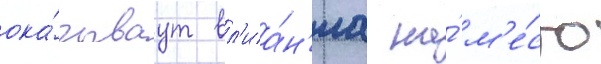
ока́зываут вл'иа́н'иа на́ м'е́сто